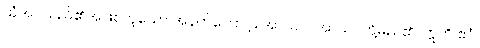
ထုံအပ်သည်၏အဖြစ်ဟူသော အနက်ကြောင့်။ အာသဝါ၊ အာသဝတို့မည်၏။ ဣတိ ဧဝံ၊